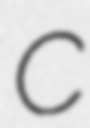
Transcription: C